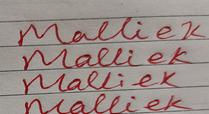
Signature authenticity: forged